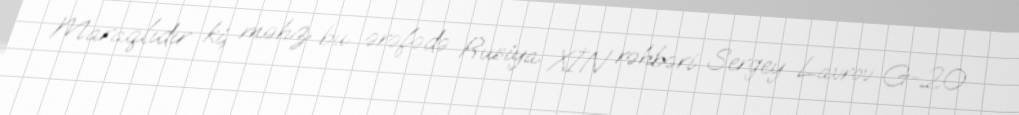
Maraqlıdır ki, məhz bu ərəfədə Rusiya XİN rəhbəri Sergey Lavrov G-20